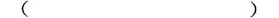
( )